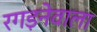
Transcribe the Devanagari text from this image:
रगड़नेवाला